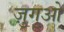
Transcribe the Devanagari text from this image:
ज़ुगुओ